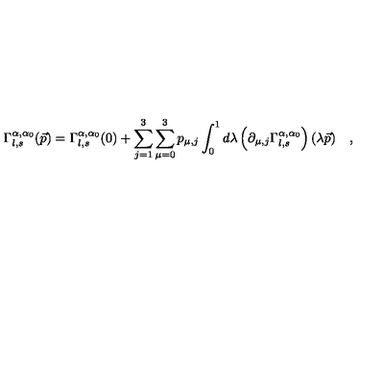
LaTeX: \Gamma _ { l , s } ^ { \alpha , \alpha _ { 0 } } ( \vec { p } ) = \Gamma _ { l , s } ^ { \alpha , \alpha _ { 0 } } ( 0 ) + \sum _ { j = 1 } ^ { 3 } \sum _ { \mu = 0 } ^ { 3 } p _ { \mu , j } \int _ { 0 } ^ { 1 } d \lambda \left( \partial _ { \mu , j } \Gamma _ { l , s } ^ { \alpha , \alpha _ { 0 } } \right) ( \lambda \vec { p } ) \quad ,